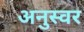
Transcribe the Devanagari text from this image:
अनुस्वर